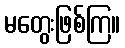
မတွေးဖြစ်ကြ။